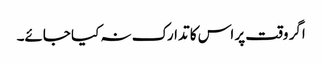
اگر وقت پر اس کا تدارک نہ کیا جائے۔